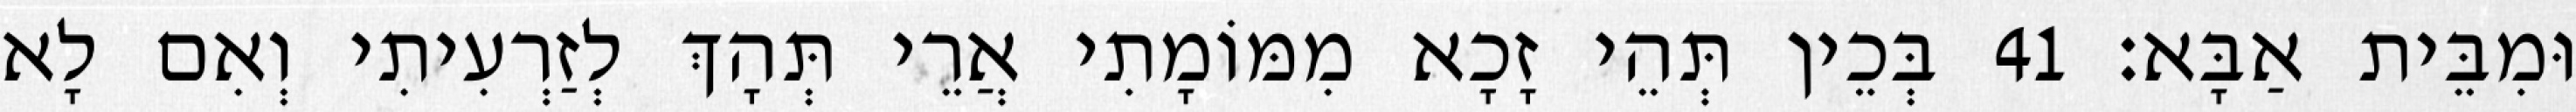
וּמִבֵּית אַבָּא׃ 41 בְּכֵין תְּהֵי זָכָא מִמּוֹמָתִי אֲרֵי תְּהָךְ לְזַרְעִיתִי וְאִם לָא